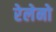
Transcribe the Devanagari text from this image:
रेलेनो